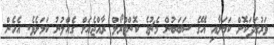
ވަރުގަދަކޮށް ކަމަށާއި އޭގެ ސަބަބުން މެޗުގެ ކޮންޓްރޯލް ރާއްޖެއަށް ގެއްލުނު ކަމަށެވެ. އެހެން